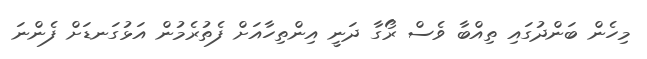
މިހެން ބަންދުގައި ތިއްބާ ވެސް ރޯގާ ދަނީ އިންތިހާއަށް ފެތުރެމުން އަޅުގަނޑަށް ފެންނަ